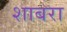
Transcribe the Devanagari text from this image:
शाबरा